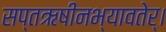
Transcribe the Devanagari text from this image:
सप्तऋषीनभ्यावतेर्।